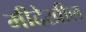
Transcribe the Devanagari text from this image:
मीदेखील